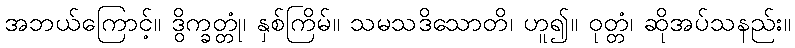
အဘယ်ကြောင့်။ ဒွိက္ခတ္တုံ၊ နှစ်ကြိမ်။ သမသဒိသောတိ၊ ဟူ၍။ ဝုတ္တံ၊ ဆိုအပ်သနည်း။